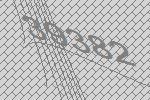
39382